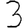
Digit: 3